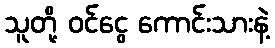
သူတို့ ဝင်ငွေ ကောင်းသားနဲ့